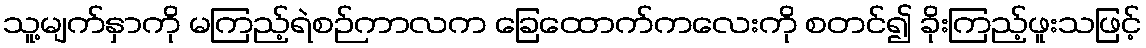
သူ့မျက်နှာကို မကြည့်ရဲစဉ်ကာလက ခြေထောက်ကလေးကို စတင်၍ ခိုးကြည့်ဖူးသဖြင့်